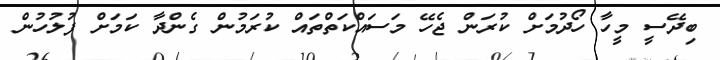
ބިދޭސީ މީހާ ހޯދުމަށް ކުރަން ޖެހޭ މަސައްކަތްތައް ކުރަމުން ގެންދާ ކަމަށް ފުލުހުން